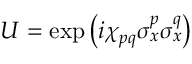
U = \exp \left( i \chi _ { p q } \sigma _ { x } ^ { p } \sigma _ { x } ^ { q } \right)